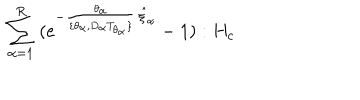
LaTeX: \; \sum _ { \alpha = 1 } ^ { R } \; ( e ^ { - \frac { \theta _ { \alpha } } { \lbrace \theta _ { \alpha } , D _ { \alpha } T _ { \theta _ { \alpha } } \rbrace } \, \hat { \xi } _ { \alpha } } - 1 ) : H _ { c } \;